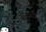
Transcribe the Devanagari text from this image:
सोंधो